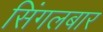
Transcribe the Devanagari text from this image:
सिंगलबार